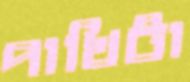
পাখিটা